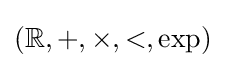
(\mathbb {R} ,+,\times ,<,\exp )